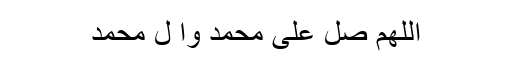
اللھم صل علیٰ محمد وآ ل محمد